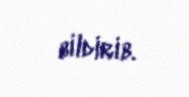
bildirib.